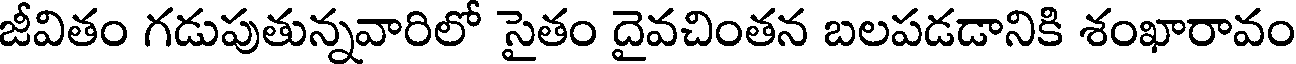
జీవితం గడుపుతున్నవారిలో సైతం దైవచింతన బలపడడానికి శంఖారావం